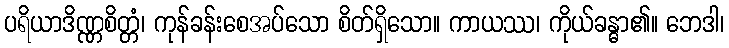
ပရိယာဒိဏ္ဏစိတ္တံ၊ ကုန်ခန်းစေအပ်သော စိတ်ရှိသော။ ကာယဿ၊ ကိုယ်ခန္ဓာ၏။ ဘေဒါ၊